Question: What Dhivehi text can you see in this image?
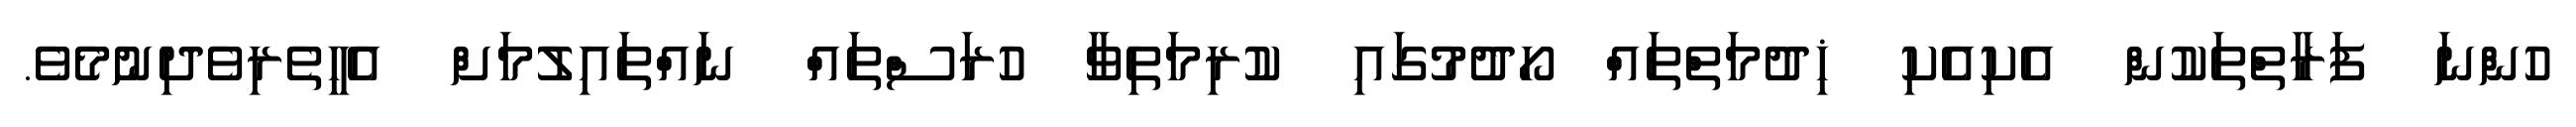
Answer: ހުންނަ ފަރާތްތަކުން އެކިއެކި ޚިދުމަތްތައް ހޯދުމުގައި ކުރިމަތިވާ ހުރަސްތައް ނައްތައިލުމަށް އެހީތެރިވެދިނުމެވެ.